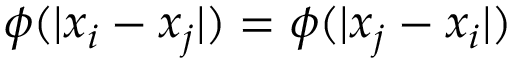
\phi ( | x _ { i } - x _ { j } | ) = \phi ( | x _ { j } - x _ { i } | )